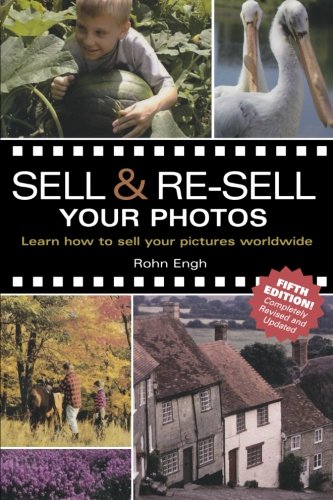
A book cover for Sell & Re-Sell Your Photos; Rohn Engh; Arts & Photography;